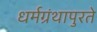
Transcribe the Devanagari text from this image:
धर्मग्रंथापुरते